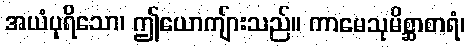
အယံပုရိသော၊ ဤယောကျ်ားသည်။ ကာမေသုမိစ္ဆာစာရံ၊